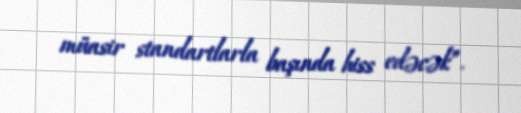
müasir standartlarla başında hiss edəcək”.